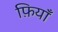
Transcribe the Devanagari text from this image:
फ़ियॉँ